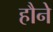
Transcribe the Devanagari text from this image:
हौने